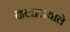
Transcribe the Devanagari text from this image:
ढलानवाले